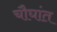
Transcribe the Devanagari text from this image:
चौघांत